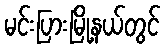
မင်းပြားမြို့နယ်တွင်